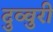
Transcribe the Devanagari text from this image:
दुव्वुरी